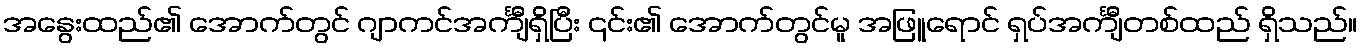
အနွေးထည်၏ အောက်တွင် ဂျာကင်အင်္ကျီရှိပြီး ၎င်း၏ အောက်တွင်မူ အဖြူရောင် ရှပ်အင်္ကျီတစ်ထည် ရှိသည်။